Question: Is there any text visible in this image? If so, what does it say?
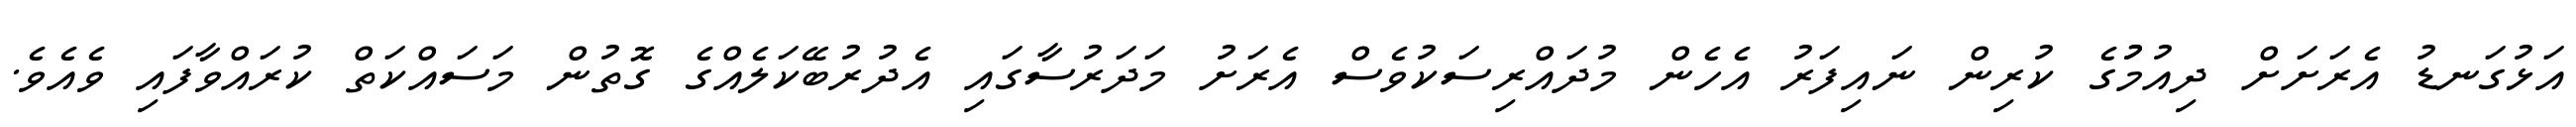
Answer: އަޅުގަނޑު އެރަށަށް ދިއުމުުގެ ކުރިން ނައިފަރު އެހެން މުދައްރިސަކުވެސް އެރަށު މަދަރުސާގައި އެދުރުބޭކަލެއްގެ ގޮތުން މަސައްކަތް ކުރައްވާފައި ވެއެވެ.